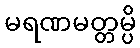
မရဏမတ္တမ္ပိ